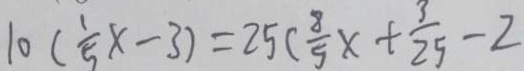
1 0 ( \frac { 1 } { 5 } x - 3 ) = 2 5 ( \frac { 8 } { 5 } x + \frac { 3 } { 2 5 } - 2